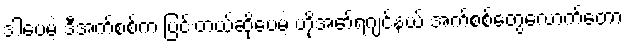
ဒါပေမဲ့ ဒီအက်စစ်က ပြင်းတယ်ဆိုပေမဲ့ ဟိုအော်ရဂျင်နယ် အက်စစ်တွေလောက်တော့